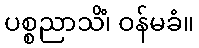
ပစ္စညာသိံ၊ ဝန်မခံ။